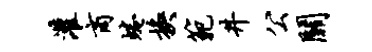
灌商蜷换范井公关